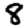
Digit: 8